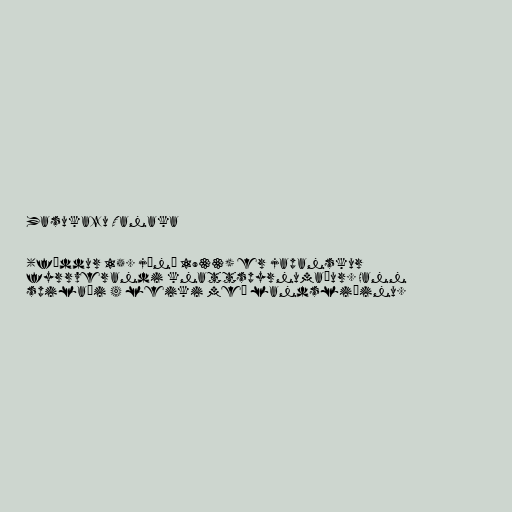
Yasukazu Tanaka

(fæddur 15. júní 1933) er japanskur
fyrrverandi knattspyrnumaður. Hann
spilaði 4 leiki með landsliðinu.